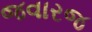
જવારજ